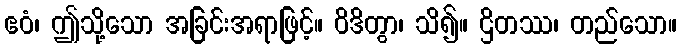
ဧဝံ၊ ဤသို့သော အခြင်းအရာဖြင့်။ ဝိဒိတွာ၊ သိ၍။ ဌိတဿ၊ တည်သော။